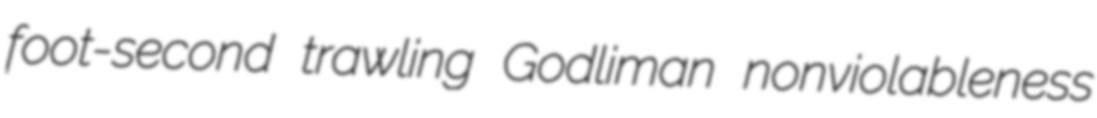
foot-second trawling Godliman nonviolableness